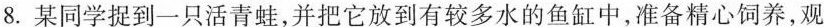
8. 某同学捉到一只活青蛙，并把它放到有较多水的鱼缸中，准备精心饲养，观